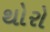
થોરો